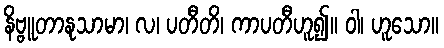
နိဗ္ဗူတာနုသာမာ၊ လ၊ ပတီတိ၊ ကာပတီဟူ၍။ ဝါ၊ ဟူသော။